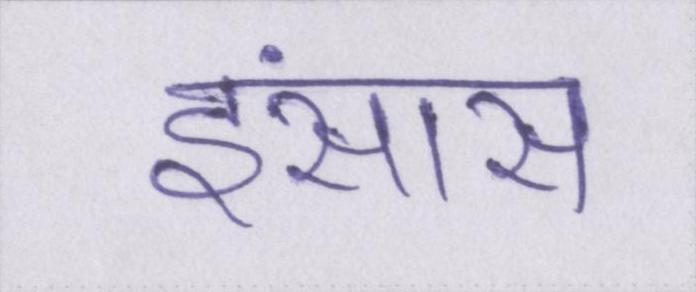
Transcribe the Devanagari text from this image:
इंसास